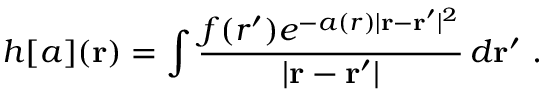
h [ a ] ( \mathbf { r } ) = \int \frac { f ( r ^ { \prime } ) e ^ { - a ( r ) | \mathbf { r } - \mathbf { r } ^ { \prime } | ^ { 2 } } } { | \mathbf { r } - \mathbf { r } ^ { \prime } | } \, d \mathbf { r } ^ { \prime } \ .